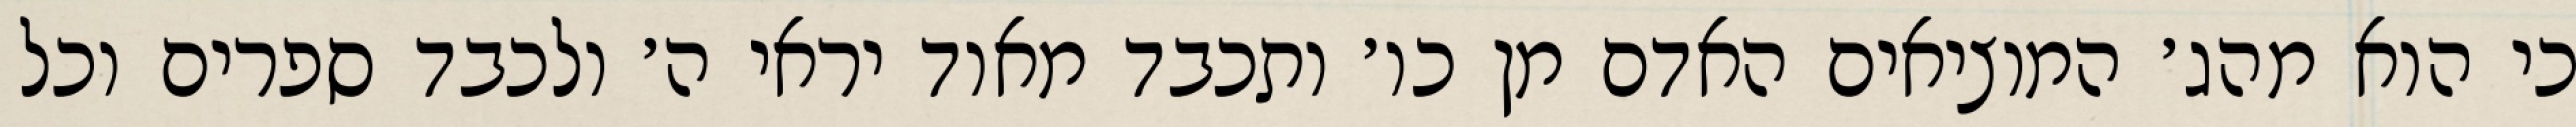
כי הוא מהג׳ המוציאים האדם מן כו׳ ותכבד מאוד יראי ה׳ ולכבד ספרים וכל